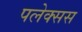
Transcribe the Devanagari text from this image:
पलेक्सस